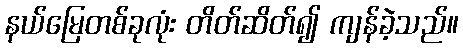
နယ်မြေတစ်ခုလုံး တိတ်ဆိတ်၍ ကျန်ခဲ့သည်။